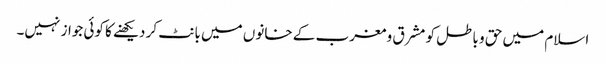
اسلام میں حق و باطل کو مشرق و مغرب کے خانوں میں بانٹ کر دیکھنے کا کوئی جواز نہیں۔